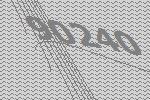
90240